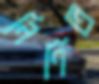
নির্ণিত